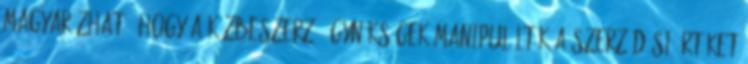
magyarázható, hogy a közbeszerző ügynökségek manipulálták a szerződési értéket